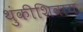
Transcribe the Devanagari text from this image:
थुंकीशिवाय